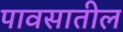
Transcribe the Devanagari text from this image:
पावसातील